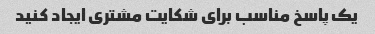
یک پاسخ مناسب برای شکایت مشتری ایجاد کنید